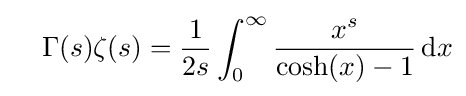
\quad \Gamma (s)\zeta (s)={\frac {1}{2s}}\int _{0}^{\infty }{\frac {x^{s}}{\cosh(x)-1}}\,\mathrm {d} x